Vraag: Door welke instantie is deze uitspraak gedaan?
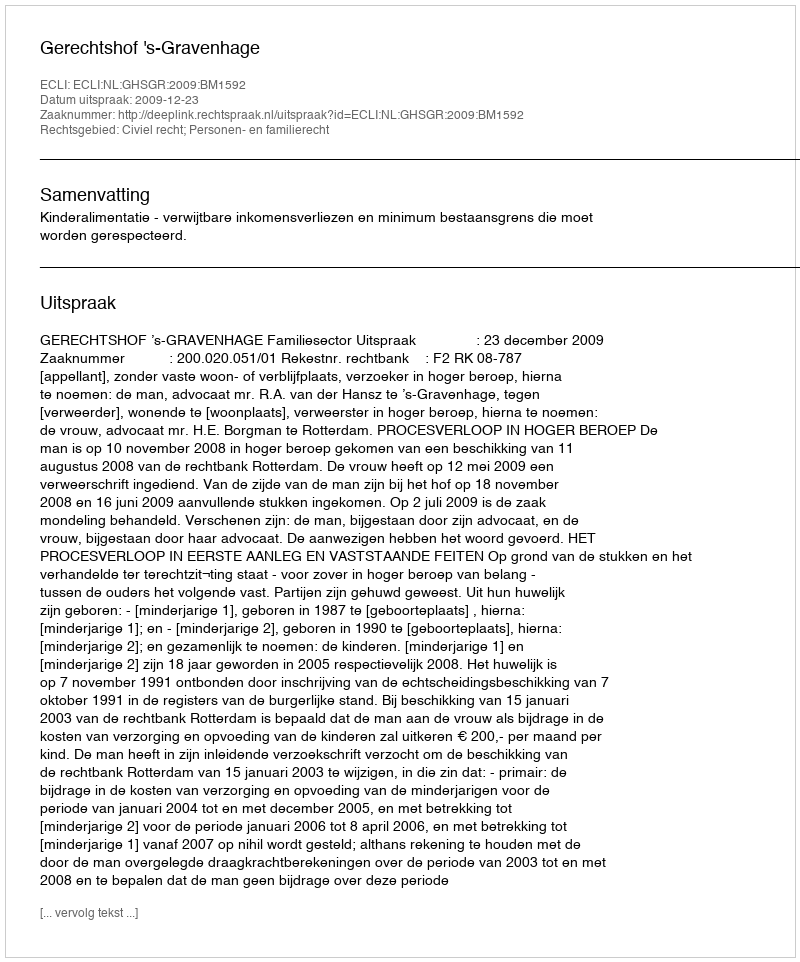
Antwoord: Gerechtshof 's-Gravenhage